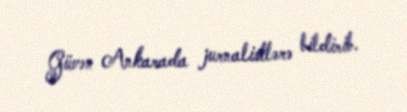
Güvən Ankarada jurnalistlərə bildirib.